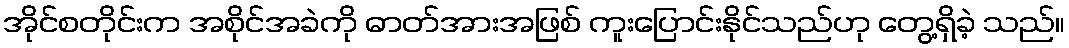
အိုင်စတိုင်းက အစိုင်အခဲကို ဓာတ်အားအဖြစ် ကူးပြောင်းနိုင်သည်ဟု တွေ့ရှိခဲ့ သည်။